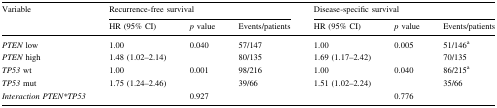
<table><thead><tr><td rowspan="2"><b>Variable</b></td><td colspan="3"><b>Recurrence-free survival</b></td><td colspan="3"><b>Disease-specific survival</b></td></tr><tr><td><b>HR (95% CI)</b></td><td><b><i>p</i> value</b></td><td><b>Events/patients</b></td><td><b>HR (95% CI)</b></td><td><b><i>p</i> value</b></td><td><b>Events/patients</b></td></tr></thead><tbody><tr><td><i>PTEN</i> low</td><td>1.00</td><td rowspan="2">0.040</td><td>57/147</td><td>1.00</td><td rowspan="2">0.005</td><td>51/146<sup>a</sup></td></tr><tr><td><i>PTEN</i> high</td><td>1.48 (1.02–2.14)</td><td>80/135</td><td>1.69 (1.17–2.42)</td><td>70/135</td></tr><tr><td><i>TP53</i> wt</td><td>1.00</td><td rowspan="2">0.001</td><td>98/216</td><td>1.00</td><td rowspan="2">0.040</td><td>86/215<sup>a</sup></td></tr><tr><td><i>TP53</i> mut</td><td>1.75 (1.24–2.46)</td><td>39/66</td><td>1.51 (1.02–2.24)</td><td>35/66</td></tr><tr><td><i>Interaction PTEN*TP53</i></td><td></td><td>0.927</td><td></td><td></td><td>0.776</td><td></td></tr></tbody></table>